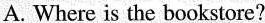
A. Where is the bookstore?